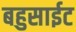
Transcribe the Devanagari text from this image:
बहुसाईट